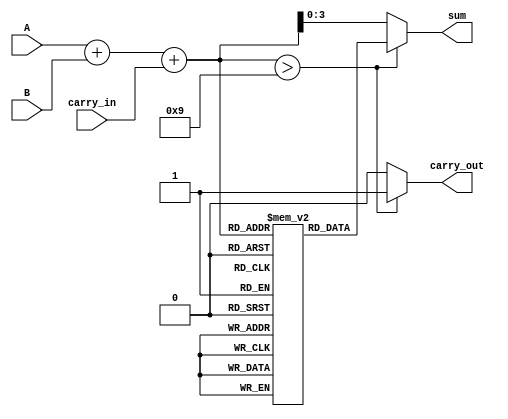
module BCD_LUT_Adder (
    input wire [3:0] A,          // BCD digit A
    input wire [3:0] B,          // BCD digit B
    input wire carry_in,          // Carry input
    output reg [3:0] sum,         // BCD sum output
    output reg carry_out          // Carry output
);

// Intermediate signals
wire [4:0] binary_sum;          // 5-bit binary sum

// Look-Up Table for BCD correction
reg [3:0] lut [0:18];            // LUT for sums from 0 to 18

// Initial binary addition
assign binary_sum = A + B + carry_in;

// LUT initialization
initial begin
    // Mapping for sums 0-9 (valid BCD) and sums 10-18 (corrected BCD)
    lut[0]  = 4'b0000; // 0
    lut[1]  = 4'b0001; // 1
    lut[2]  = 4'b0010; // 2
    lut[3]  = 4'b0011; // 3
    lut[4]  = 4'b0100; // 4
    lut[5]  = 4'b0101; // 5
    lut[6]  = 4'b0110; // 6
    lut[7]  = 4'b0111; // 7
    lut[8]  = 4'b1000; // 8
    lut[9]  = 4'b1001; // 9
    lut[10] = 4'b0000; // 10 -> 0 + carry
    lut[11] = 4'b0001; // 11 -> 1 + carry
    lut[12] = 4'b0010; // 12 -> 2 + carry
    lut[13] = 4'b0011; // 13 -> 3 + carry
    lut[14] = 4'b0100; // 14 -> 4 + carry
    lut[15] = 4'b0101; // 15 -> 5 + carry
    lut[16] = 4'b0110; // 16 -> 6 + carry
    lut[17] = 4'b0111; // 17 -> 7 + carry
    lut[18] = 4'b1000; // 18 -> 8 + carry
end

// BCD addition logic
always @(*) begin
    if (binary_sum > 9) begin
        sum = lut[binary_sum]; // Use LUT for correction
        carry_out = 1;         // Set carry out
    end else begin
        sum = binary_sum[3:0]; // Valid BCD, direct assignment
        carry_out = 0;         // No carry out
    end
end

endmodule